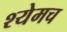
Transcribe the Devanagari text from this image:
श्येमच